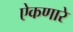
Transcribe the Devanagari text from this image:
ऐकणारे